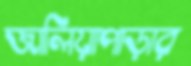
জালিয়াপাড়ার